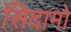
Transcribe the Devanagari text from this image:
सिदामो